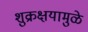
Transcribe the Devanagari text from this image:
शुक्रक्षयामुळे